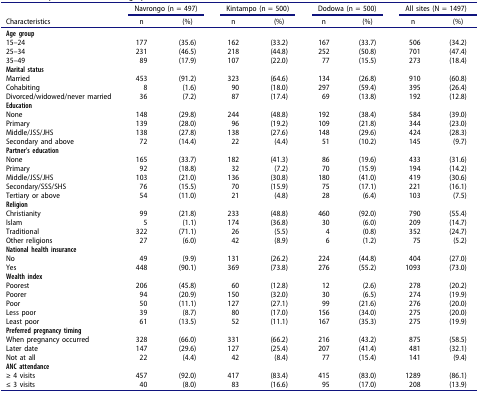
<table><thead><tr><td><b> </b></td><td colspan="2"><b>Navrongo (n = 497)</b></td><td colspan="2"><b>Kintampo (n = 500)</b></td><td colspan="2"><b>Dodowa (n = 500)</b></td><td colspan="2"><b>All sites (N = 1497)</b></td></tr><tr><td><b>Characteristics</b></td><td><b>n</b></td><td><b>(%)</b></td><td><b>n</b></td><td><b>(%)</b></td><td><b>n</b></td><td><b>(%)</b></td><td><b>n</b></td><td><b>(%)</b></td></tr></thead><tbody><tr><td><b>Age group</b></td><td> </td><td> </td><td> </td><td> </td><td> </td><td> </td><td> </td><td> </td></tr><tr><td>15–24</td><td>177</td><td>(35.6)</td><td>162</td><td>(33.2)</td><td>167</td><td>(33.7)</td><td>506</td><td>(34.2)</td></tr><tr><td>25–34</td><td>231</td><td>(46.5)</td><td>218</td><td>(44.8)</td><td>252</td><td>(50.8)</td><td>701</td><td>(47.4)</td></tr><tr><td>35–49</td><td>89</td><td>(17.9)</td><td>107</td><td>(22.0)</td><td>77</td><td>(15.5)</td><td>273</td><td>(18.4)</td></tr><tr><td><b>Marital status</b></td><td> </td><td> </td><td> </td><td> </td><td> </td><td> </td><td> </td><td> </td></tr><tr><td>Married</td><td>453</td><td>(91.2)</td><td>323</td><td>(64.6)</td><td>134</td><td>(26.8)</td><td>910</td><td>(60.8)</td></tr><tr><td>Cohabiting</td><td>8</td><td>(1.6)</td><td>90</td><td>(18.0)</td><td>297</td><td>(59.4)</td><td>395</td><td>(26.4)</td></tr><tr><td>Divorced/widowed/never married</td><td>36</td><td>(7.2)</td><td>87</td><td>(17.4)</td><td>69</td><td>(13.8)</td><td>192</td><td>(12.8)</td></tr><tr><td><b>Education</b></td><td> </td><td> </td><td> </td><td> </td><td> </td><td> </td><td> </td><td> </td></tr><tr><td>None</td><td>148</td><td>(29.8)</td><td>244</td><td>(48.8)</td><td>192</td><td>(38.4)</td><td>584</td><td>(39.0)</td></tr><tr><td>Primary</td><td>139</td><td>(28.0)</td><td>96</td><td>(19.2)</td><td>109</td><td>(21.8)</td><td>344</td><td>(23.0)</td></tr><tr><td>Middle/JSS/JHS</td><td>138</td><td>(27.8)</td><td>138</td><td>(27.6)</td><td>148</td><td>(29.6)</td><td>424</td><td>(28.3)</td></tr><tr><td>Secondary and above</td><td>72</td><td>(14.4)</td><td>22</td><td>(4.4)</td><td>51</td><td>(10.2)</td><td>145</td><td>(9.7)</td></tr><tr><td><b>Partner’s education</b></td><td> </td><td> </td><td> </td><td> </td><td> </td><td> </td><td> </td><td> </td></tr><tr><td>None</td><td>165</td><td>(33.7)</td><td>182</td><td>(41.3)</td><td>86</td><td>(19.6)</td><td>433</td><td>(31.6)</td></tr><tr><td>Primary</td><td>92</td><td>(18.8)</td><td>32</td><td>(7.2)</td><td>70</td><td>(15.9)</td><td>194</td><td>(14.2)</td></tr><tr><td>Middle/JSS/JHS</td><td>103</td><td>(21.0)</td><td>136</td><td>(30.8)</td><td>180</td><td>(41.0)</td><td>419</td><td>(30.6)</td></tr><tr><td>Secondary/SSS/SHS</td><td>76</td><td>(15.5)</td><td>70</td><td>(15.9)</td><td>75</td><td>(17.1)</td><td>221</td><td>(16.1)</td></tr><tr><td>Tertiary or above</td><td>54</td><td>(11.0)</td><td>21</td><td>(4.8)</td><td>28</td><td>(6.4)</td><td>103</td><td>(7.5)</td></tr><tr><td><b>Religion</b></td><td> </td><td> </td><td> </td><td> </td><td> </td><td> </td><td> </td><td> </td></tr><tr><td>Christianity</td><td>99</td><td>(21.8)</td><td>233</td><td>(48.8)</td><td>460</td><td>(92.0)</td><td>790</td><td>(55.4)</td></tr><tr><td>Islam</td><td>5</td><td>(1.1)</td><td>174</td><td>(36.8)</td><td>30</td><td>(6.0)</td><td>209</td><td>(14.7)</td></tr><tr><td>Traditional</td><td>322</td><td>(71.1)</td><td>26</td><td>(5.5)</td><td>4</td><td>(0.8)</td><td>352</td><td>(24.7)</td></tr><tr><td>Other religions</td><td>27</td><td>(6.0)</td><td>42</td><td>(8.9)</td><td>6</td><td>(1.2)</td><td>75</td><td>(5.2)</td></tr><tr><td><b>National health insurance</b></td><td> </td><td> </td><td> </td><td> </td><td> </td><td> </td><td> </td><td> </td></tr><tr><td>No</td><td>49</td><td>(9.9)</td><td>131</td><td>(26.2)</td><td>224</td><td>(44.8)</td><td>404</td><td>(27.0)</td></tr><tr><td>Yes</td><td>448</td><td>(90.1)</td><td>369</td><td>(73.8)</td><td>276</td><td>(55.2)</td><td>1093</td><td>(73.0)</td></tr><tr><td><b>Wealth index</b></td><td> </td><td> </td><td> </td><td> </td><td> </td><td> </td><td> </td><td> </td></tr><tr><td>Poorest</td><td>206</td><td>(45.8)</td><td>60</td><td>(12.8)</td><td>12</td><td>(2.6)</td><td>278</td><td>(20.2)</td></tr><tr><td>Poorer</td><td>94</td><td>(20.9)</td><td>150</td><td>(32.0)</td><td>30</td><td>(6.5)</td><td>274</td><td>(19.9)</td></tr><tr><td>Poor</td><td>50</td><td>(11.1)</td><td>127</td><td>(27.1)</td><td>99</td><td>(21.6)</td><td>276</td><td>(20.0)</td></tr><tr><td>Less poor</td><td>39</td><td>(8.7)</td><td>80</td><td>(17.0)</td><td>156</td><td>(34.0)</td><td>275</td><td>(20.0)</td></tr><tr><td>Least poor</td><td>61</td><td>(13.5)</td><td>52</td><td>(11.1)</td><td>167</td><td>(35.3)</td><td>275</td><td>(19.9)</td></tr><tr><td><b>Preferred pregnancy timing</b></td><td> </td><td> </td><td> </td><td> </td><td> </td><td> </td><td> </td><td> </td></tr><tr><td>When pregnancy occurred</td><td>328</td><td>(66.0)</td><td>331</td><td>(66.2)</td><td>216</td><td>(43.2)</td><td>875</td><td>(58.5)</td></tr><tr><td>Later date</td><td>147</td><td>(29.6)</td><td>127</td><td>(25.4)</td><td>207</td><td>(41.4)</td><td>481</td><td>(32.1)</td></tr><tr><td>Not at all</td><td>22</td><td>(4.4)</td><td>42</td><td>(8.4)</td><td>77</td><td>(15.4)</td><td>141</td><td>(9.4)</td></tr><tr><td><b>ANC attendance</b></td><td> </td><td> </td><td> </td><td> </td><td> </td><td> </td><td> </td><td> </td></tr><tr><td>≥ 4 visits</td><td>457</td><td>(92.0)</td><td>417</td><td>(83.4)</td><td>415</td><td>(83.0)</td><td>1289</td><td>(86.1)</td></tr><tr><td>≤ 3 visits</td><td>40</td><td>(8.0)</td><td>83</td><td>(16.6)</td><td>95</td><td>(17.0)</td><td>208</td><td>(13.9)</td></tr></tbody></table>